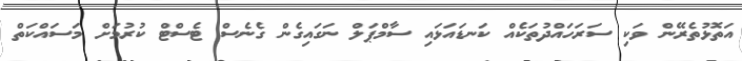
އަތޮޅުތެރޭން ވަކި ސަރަހައްދުތަކެއް ކަނޑައަޅައި ސާމްޕަލް ނަގައިގެން ގެނެސް ޓެސްޓް ކުރުމަށް މަސައްކަތް